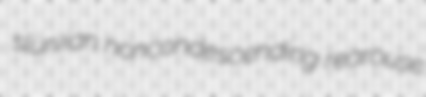
slurvian noncondescending rearouse